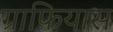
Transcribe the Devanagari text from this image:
ग्राफियास